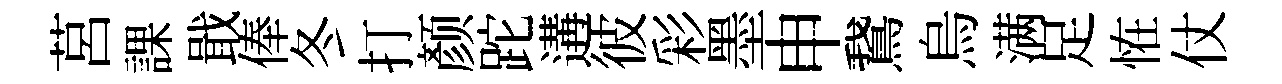
莒課戢俸冬打颜跎遘彼彩墨申鵞烏满足恠仗